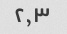
۲,۳